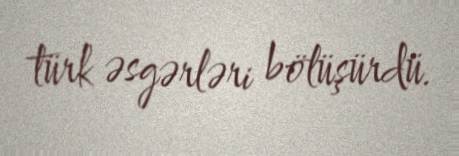
türk əsgərləri bölüşürdü.